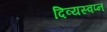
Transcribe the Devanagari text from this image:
दिव्यस्वप्न